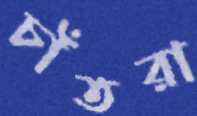
চাঁতরা